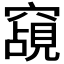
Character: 𮄗